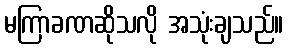
မကြာခဏဆိုသလို အသုံးချသည်။